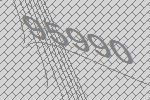
95990